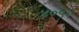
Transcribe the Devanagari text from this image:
४०५२